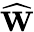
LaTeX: \widehat{\textbf{W}}